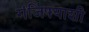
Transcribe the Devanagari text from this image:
गंजिफ्याशी